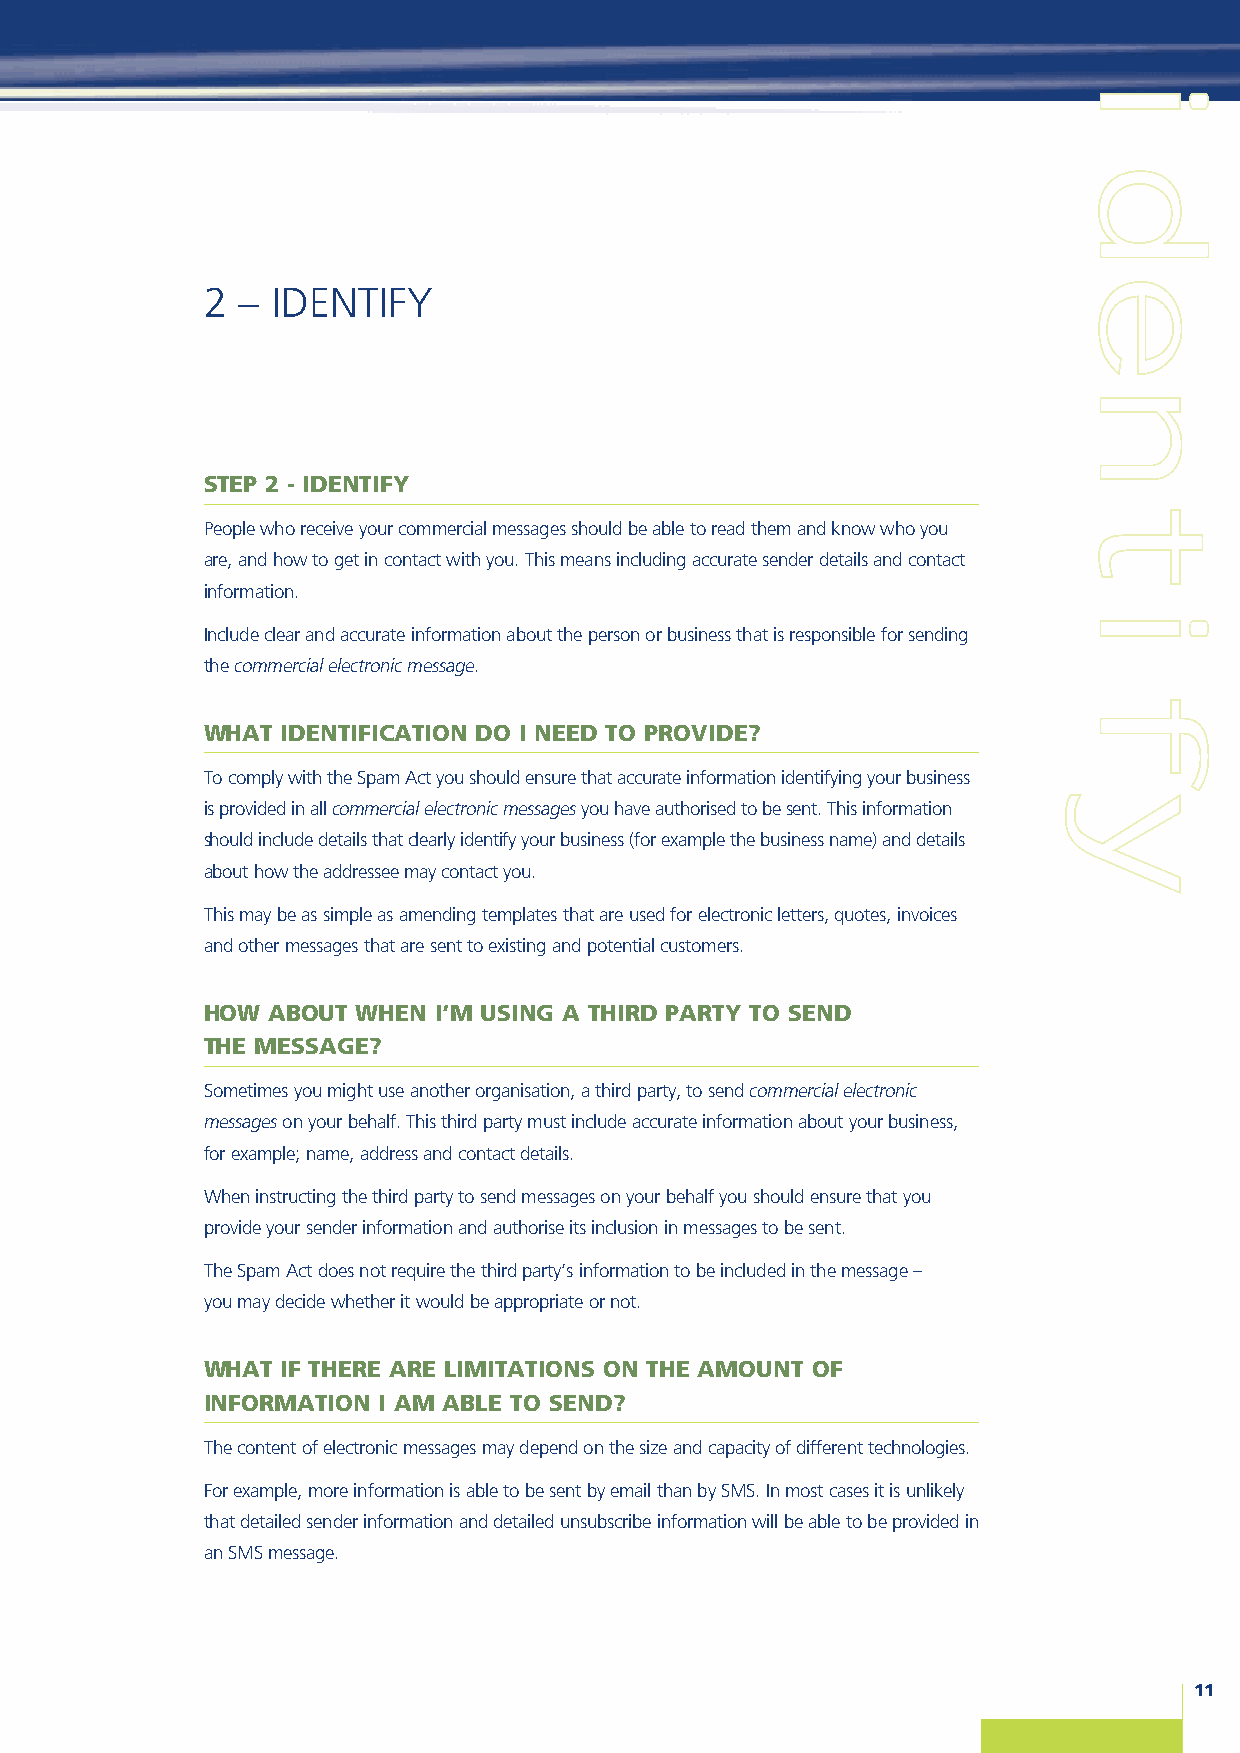
2  – IDENTIFY
 STEP 2 - IDENTIFY
 People who receive your commercial messages should be able to read them and know who you
 are, and how to get in contact with you. This means including accurate sender details and contact
 information.
 Include clear and accurate information about the person or business that is responsible for sending
 the commercial electronic message.
 WHAT  IDENTIFICATION DO I NEED TO PROVIDE?
 To comply with the Spam Act you should ensure that accurate information identifying your business
 is provided in all commercial electronic messagesyou have authorised to be sent. This information
 should include details that clearly identify your business (for example the business name) and details
 about how the addressee may contact you.
 This may be as simple as amending templates that are used for electronic letters, quotes, invoices
 and other messages that are sent to existing and potential customers.
 HOW  ABOUT WHEN I’M USING A THIRD PARTY TO SEND
 THE MESSAGE?
 Sometimes you might use another organisation, a third party, to send commercial electronic
 messageson your behalf. This third party must include accurate information about your business,
 for example; name, address and contact details.
 When instructing the third party to send messages on your behalf you should ensure that you
 provide your sender information and authorise its inclusion in messages to be sent.
 The Spam Act does not require the third party’s information to be included in the message –
 you may decide whether it would be appropriate or not.
 WHAT  IF THERE ARE LIMITATIONS ON THE AMOUNT OF
 INFORMATION I AM ABLE TO SEND?
 The content of electronic messages may depend on the size and capacity of different technologies.
 For example, more information is able to be sent by email than by SMS. In most cases it is unlikely
 that detailed sender information and detailed unsubscribe information will be able to be provided in
 an SMS message.
 11
 iiddeennttiiffyy